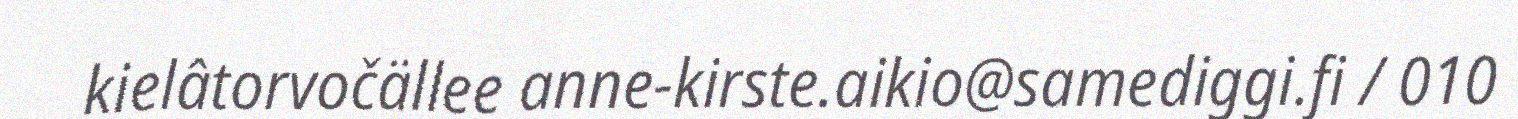
kielâtorvočällee anne-kirste.aikio@samediggi.fi / 010